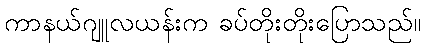
ကာနယ်ဂျူလယန်းက ခပ်တိုးတိုးပြောသည်။